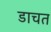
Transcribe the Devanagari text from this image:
डाचत